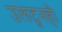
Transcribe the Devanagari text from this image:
उलटूनही